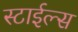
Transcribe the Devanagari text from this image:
स्टाईल्स